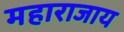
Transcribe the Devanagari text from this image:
महाराजाय